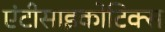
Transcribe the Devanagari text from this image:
एंटीसाइकोटिक्स